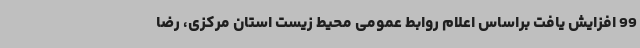
99 افزایش یافت براساس اعلام روابط عمومی محیط زیست استان مرکزی، رضا